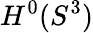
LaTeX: H^{0}(S^{3})